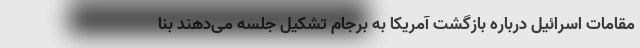
مقامات اسرائیل درباره بازگشت آمریکا به برجام تشکیل جلسه می‌دهند بنا